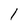
Character: 1